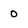
Character: o